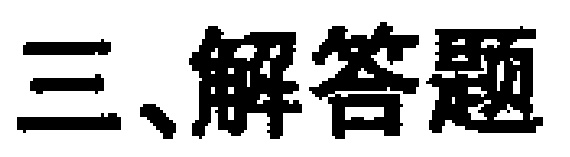
三、解答题